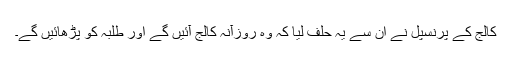
کالج کے پرنسپل نے ان سے یہ حلف لیا کہ وہ روزآنہ کالج آئیں گے اور طلبہ کو پڑھائیں گے۔